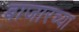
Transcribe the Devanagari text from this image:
बाजारच्या